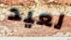
لعيد